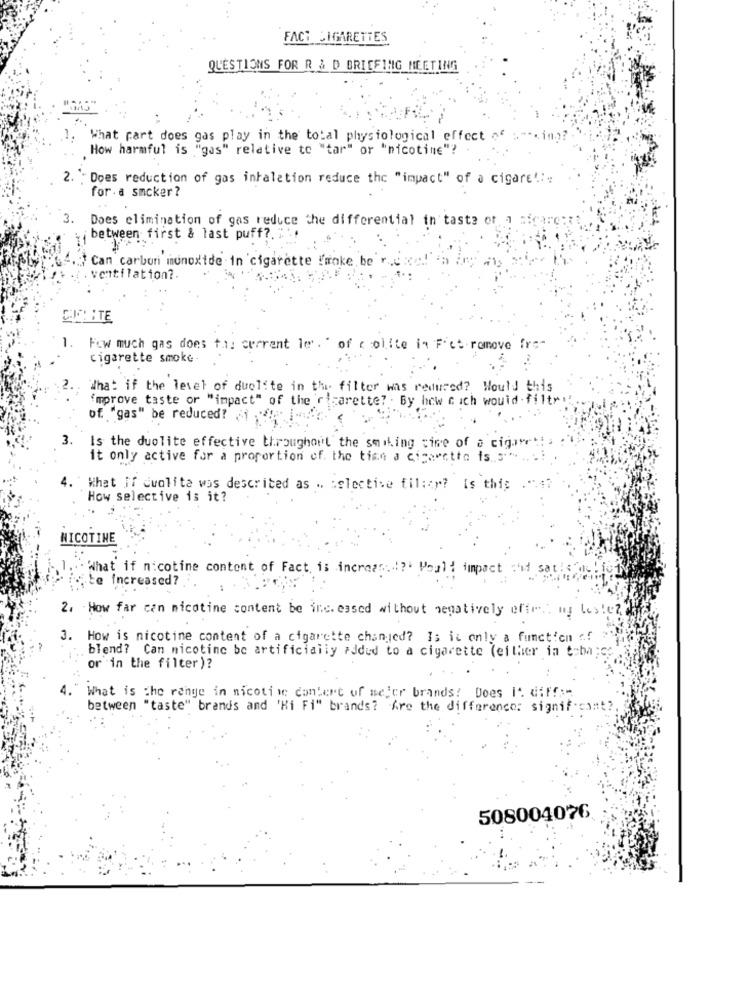
FACT CIGARETTES
QUESTIONS FOR R & D BRIEFING MEETING
1.
What rart does gas play in the total physiological effect of :-..
How harmful is "gas" relative to "tar" or "nicotine"? .
2. " Does reduction of gas inhalation reduce the "impact" of a cigare' :;
for.a smcker ?
3.
Does elimination of gas reduce the differential in taste of a cigarett
between first & last puff ?.
Can carbon monoxide in 'cigarette frroke be r.c xe.
. ventilation ?.
CULITE
1. Fow much gas does the current le'." of colite in Fic: remove fre-
cigarette smoke-
What if the level of duelite in the filter was reduced? Would this
'mprove taste or "impact" of the'r'garette? . By how c ich would . filtr
of. "gas" be reduced? ¿ 1 ;
3.
Is the duolite effective throughout the smiling cire of a cigar
it only active for a proportion of. the time a cigarette is.5."
4."
What if cwalite was described as .. : elective fil:cy? is thig
How selective is it?
NICOTINE
What if nicotine content of Fact, is increas:"?' Pouli impact :if sat
.te Increased?
2. How far can nicotine content be increased without negatively effet ny beste ??
3. How is nicotine content of a cigarette changed? Is it only a function <!
blend? Can nicotine be artificially added to a cigarette (either in toba ;c
or in the filter)?
4."
What is the range in nicotin; contert of mejer brands! Does It. diff :=
between "taste" brands and 'Hi Fi" brands? Are the difference: significant ?.
508004076